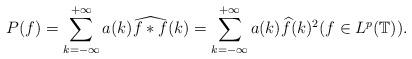
LaTeX: \begin{align*}P(f)=\sum_{k=-\infty}^{+\infty}a(k)\widehat{f\ast f}(k)=\sum_{k=-\infty}^{+\infty}a(k)\widehat{f}(k)^2 (f\in L^p(\mathbb{T})).\end{align*}